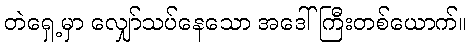
တဲရှေ့မှာ လျှော်သပ်နေသော အဒေါ်ကြီးတစ်ယောက်။